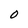
Character: O